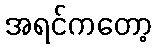
အရင်ကတော့